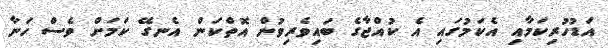
އަޑުހުރިކަމާއި އެކަމުގައި އެ ކުއްޖާގެ ބައިވެރިވުން އޮތްކަން އެނގޭ ކަމަށް ވެސް ހަނާ